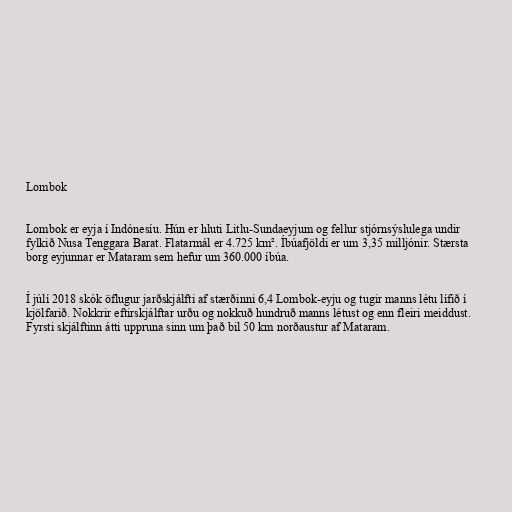
Lombok

Lombok er eyja í Indónesíu. Hún er hluti Litlu-Sundaeyjum og fellur stjórnsýslulega undir
fylkið Nusa Tenggara Barat. Flatarmál er 4.725 km². Íbúafjöldi er um 3,35 milljónir. Stærsta
borg eyjunnar er Mataram sem hefur um 360.000 íbúa.

Í júlí 2018 skók öflugur jarðskjálfti af stærðinni 6,4 Lombok-eyju og tugir manns létu lífið í
kjölfarið. Nokkrir eftirskjálftar urðu og nokkuð hundruð manns létust og enn fleiri meiddust.
Fyrsti skjálftinn átti uppruna sinn um það bil 50 km norðaustur af Mataram.